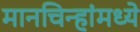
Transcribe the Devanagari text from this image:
मानचिन्हांमध्ये